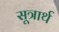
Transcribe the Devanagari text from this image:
सूत्रार्थ